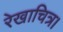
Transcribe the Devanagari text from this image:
रेखाचित्र।